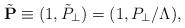
LaTeX: \begin{align*}\tilde{\bf P} \equiv (1,\tilde{P}_\perp) = (1,P_\perp / \Lambda),\end{align*}